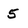
Character: 5